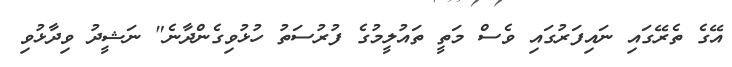
އޭގެ ތެރޭގައި ނައިފަރުގައި ވެސް މަތީ ތައުލީމުގެ ފުރުސަތު ހުޅުވިގެންދާނެ" ނަޝީދު ވިދާޅުވި